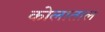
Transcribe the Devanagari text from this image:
कोलाताल